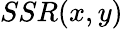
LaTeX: SSR(x,y)